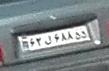
۶۲ل۶۸۸۵۵